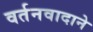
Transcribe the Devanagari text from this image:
वर्तनवादाने